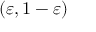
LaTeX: ( \varepsilon , 1 - \varepsilon )